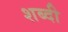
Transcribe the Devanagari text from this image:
शब्दी